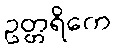
ဥတ္တရိကေ